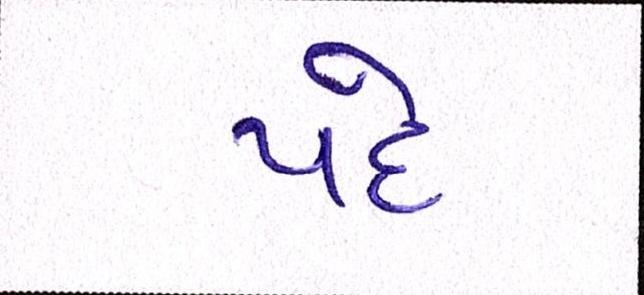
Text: પદે